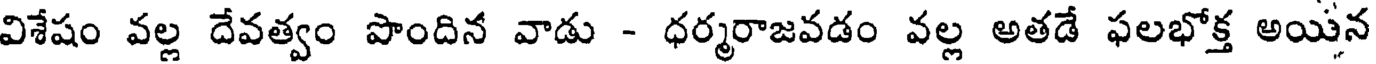
విశేషం వల్ల దేవత్వం పొందిన వాడు - ధర్మరాజవడం వల్ల అతడే ఫలభోక్త అయిన